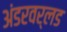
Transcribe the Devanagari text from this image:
अंडरवर्लड